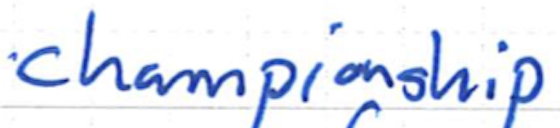
Text: championship
Cross-out: clean
Writing tool: ballpoint